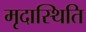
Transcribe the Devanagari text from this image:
मृदास्थिति